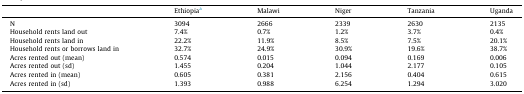
|  | Ethiopiaa | Malawi | Niger | Tanzania | Uganda |
 | --- | --- | --- | --- | --- | --- |
 | N | 3094 | 2666 | 2339 | 2630 | 2135 |
 | Household rents land out | 7.4% | 0.7% | 1.2% | 3.7% | 0.4% |
 | Household rents land in | 22.2% | 11.9% | 8.5% | 7.5% | 20.1% |
 | Household rents or borrows land in | 32.7% | 24.9% | 30.9% | 19.6% | 38.7% |
 | Acres rented out (mean) | 0.574 | 0.015 | 0.094 | 0.169 | 0.006 |
 | Acres rented out (sd) | 1.455 | 0.204 | 1.044 | 2.177 | 0.105 |
 | Acres rented in (mean) | 0.605 | 0.381 | 2.156 | 0.404 | 0.615 |
 | Acres rented in (sd) | 1.393 | 0.988 | 6.254 | 1.294 | 3.020 |